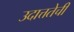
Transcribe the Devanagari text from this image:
उदात्ततेची